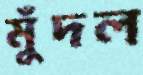
মুঁদল